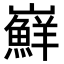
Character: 𭗴